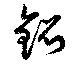
錕